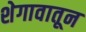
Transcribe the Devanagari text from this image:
शेगावातून